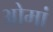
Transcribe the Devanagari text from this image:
ओमां